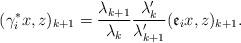
LaTeX: \begin{align*}(\gamma_{i}^{*} x, z)_{k + 1} = \frac{\lambda_{k + 1}}{\lambda_{k}} \frac{\lambda_{k}^{\prime}}{\lambda_{k + 1}^{\prime}} (\mathfrak{e}_{i} x, z)_{k + 1}.\end{align*}